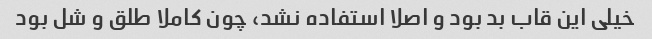
خیلی این قاب بد بود و اصلا استفاده نشد، چون کاملا طلق و شل بود